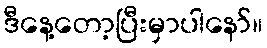
ဒီနေ့တော့ပြီးမှာပါနော်။